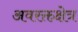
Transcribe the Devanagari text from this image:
अवरक्तक्षेत्र